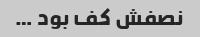
نصفش کف بود …